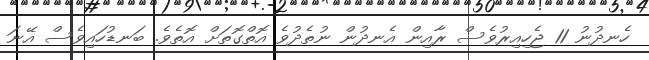
ހެނދުނު 11 ޖެހިއިރުވެސް ރާއިން އެނދުން ނުތެދުވެ އޮތްގޮތަށް އޮތެވެ. ބަނޑުހައިވެސް އޭނަ